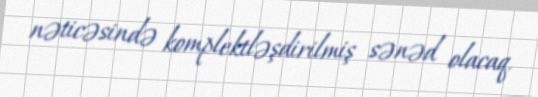
nəticəsində komplektləşdirilmiş sənəd olacaq.